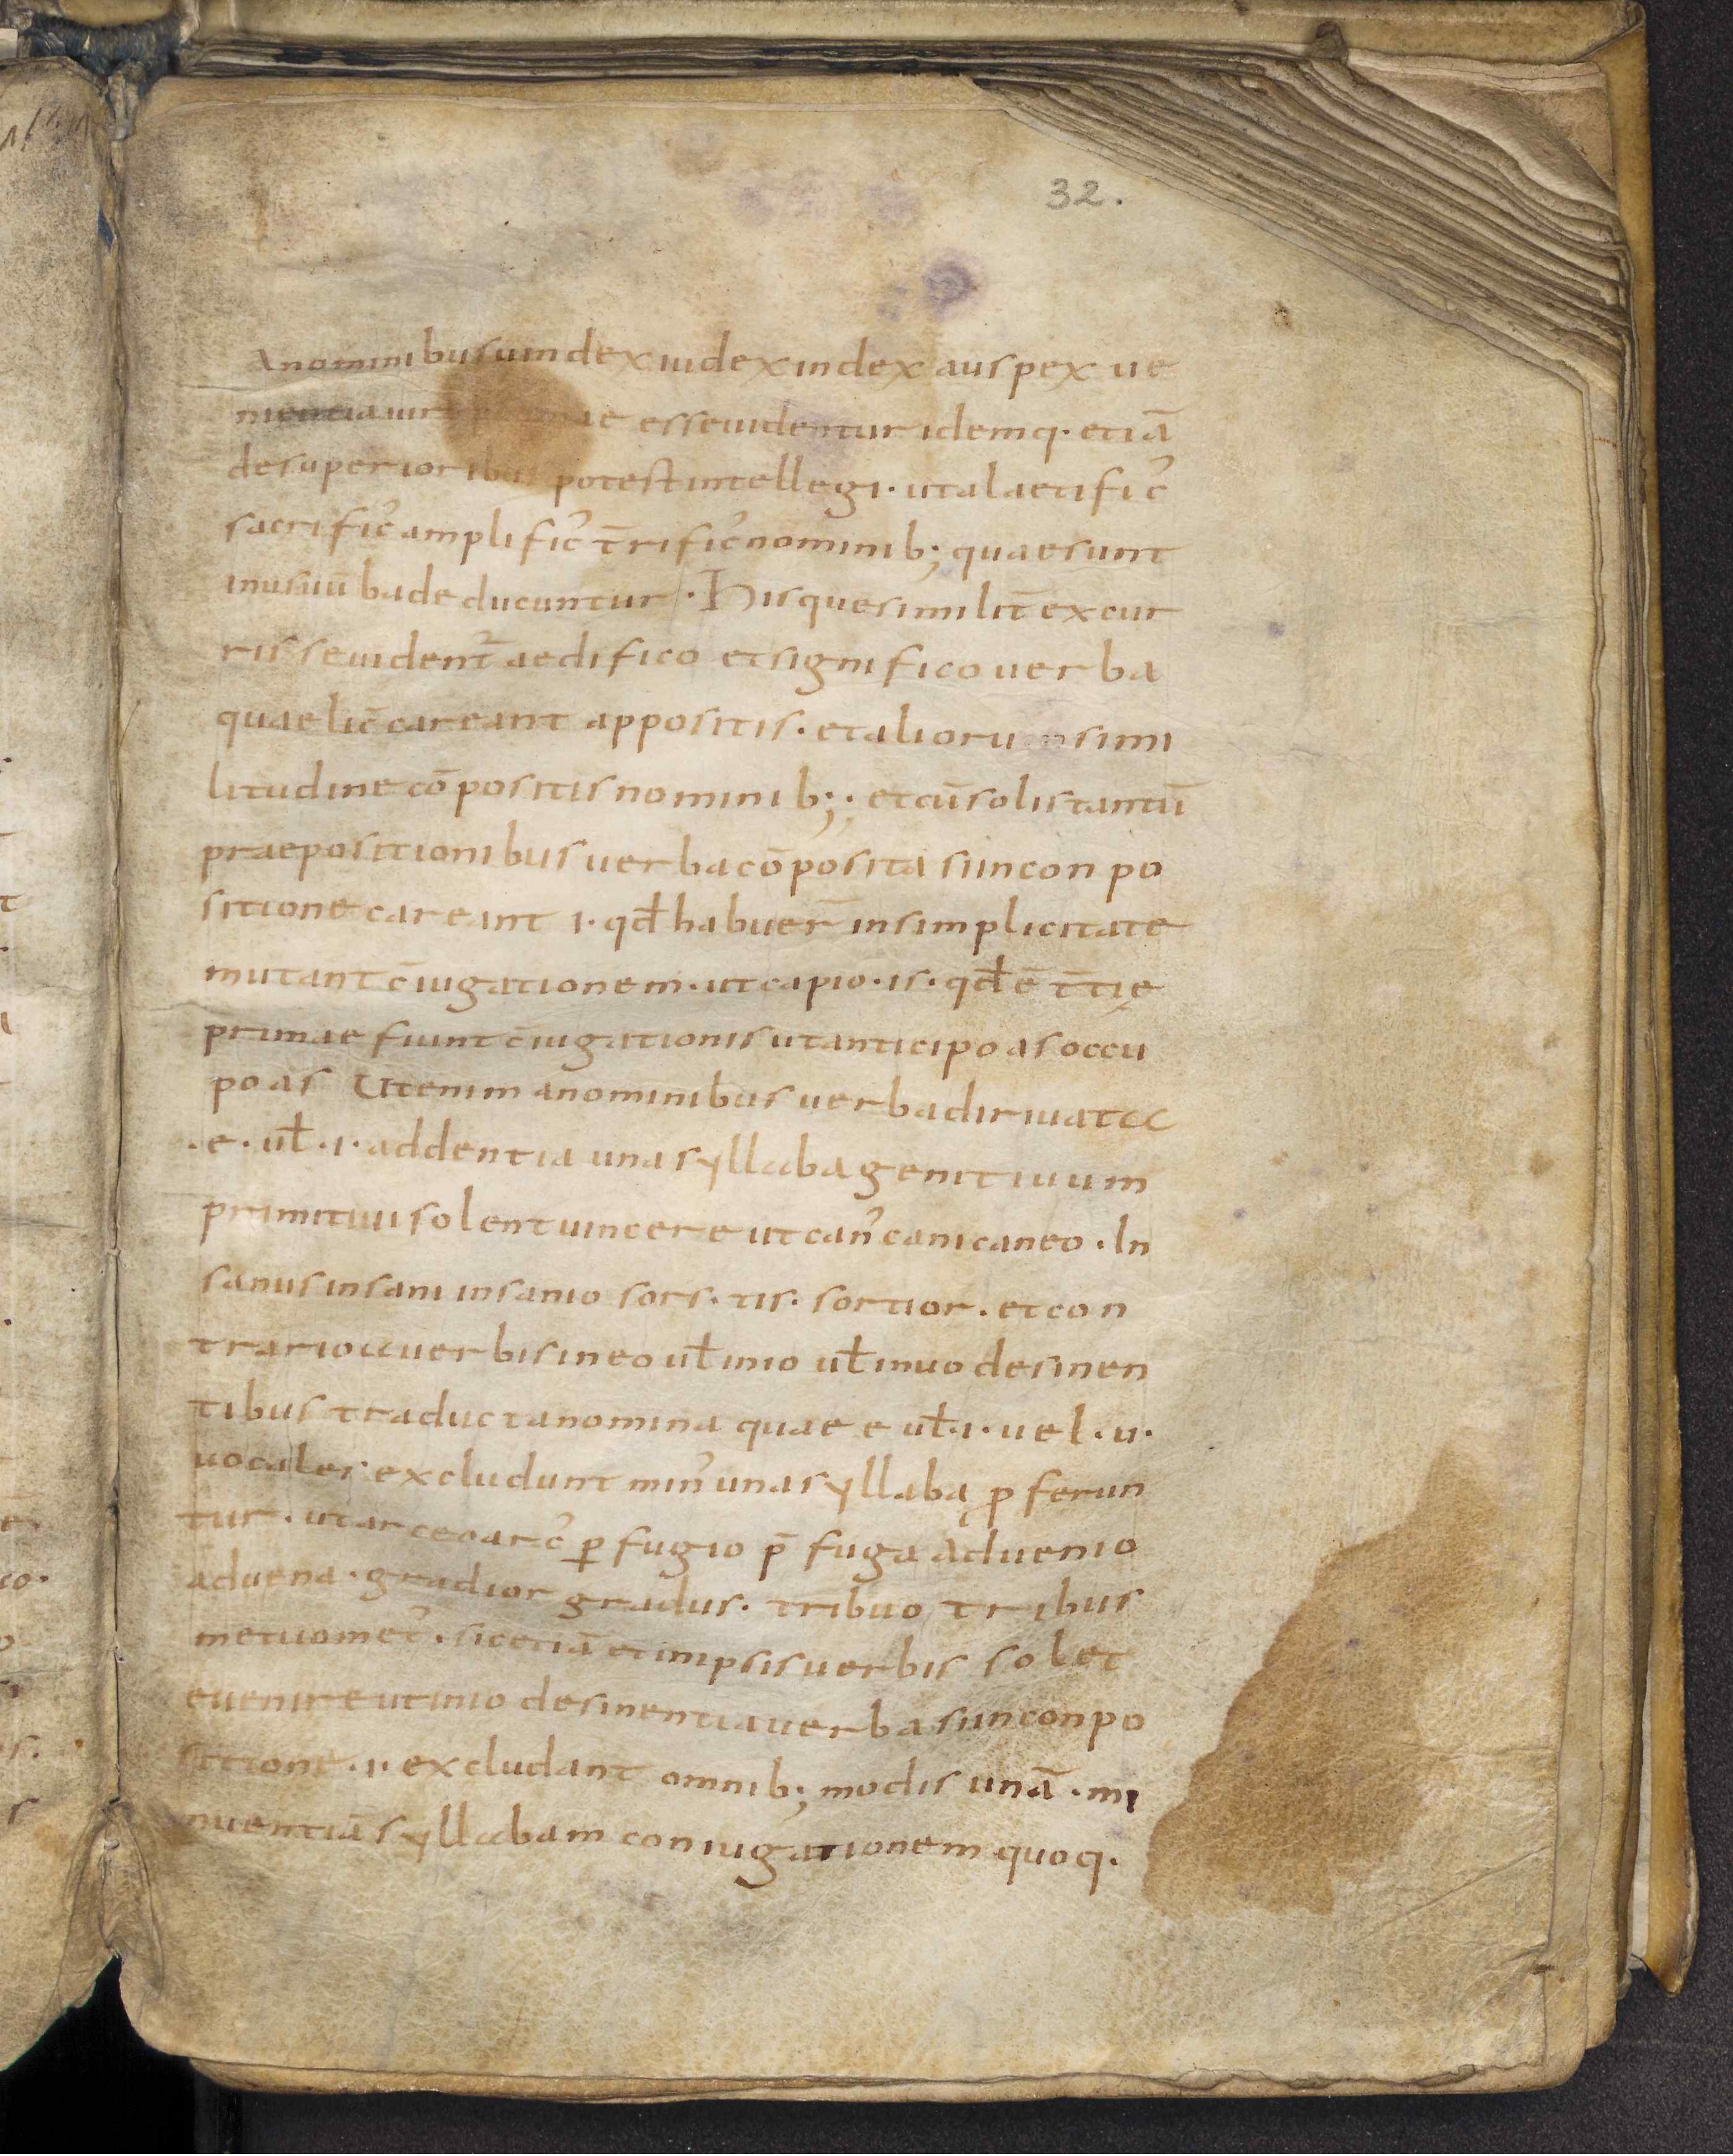
Shelfmark: Leiden, Bibliotheek der Rijksuniversiteit, Voss. Lat. O 41
Century: 9